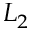
L _ { 2 }